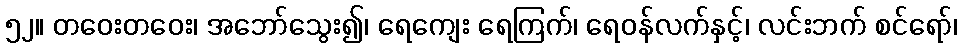
၅၂။ တဝေးတဝေး၊ အဘော်သွေး၍၊ ရေကျေး ရေကြက်၊ ရေဝန်လက်နှင့်၊ လင်းဘက် စင်ရော်၊